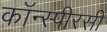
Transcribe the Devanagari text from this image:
कॉन्स्पीरसी